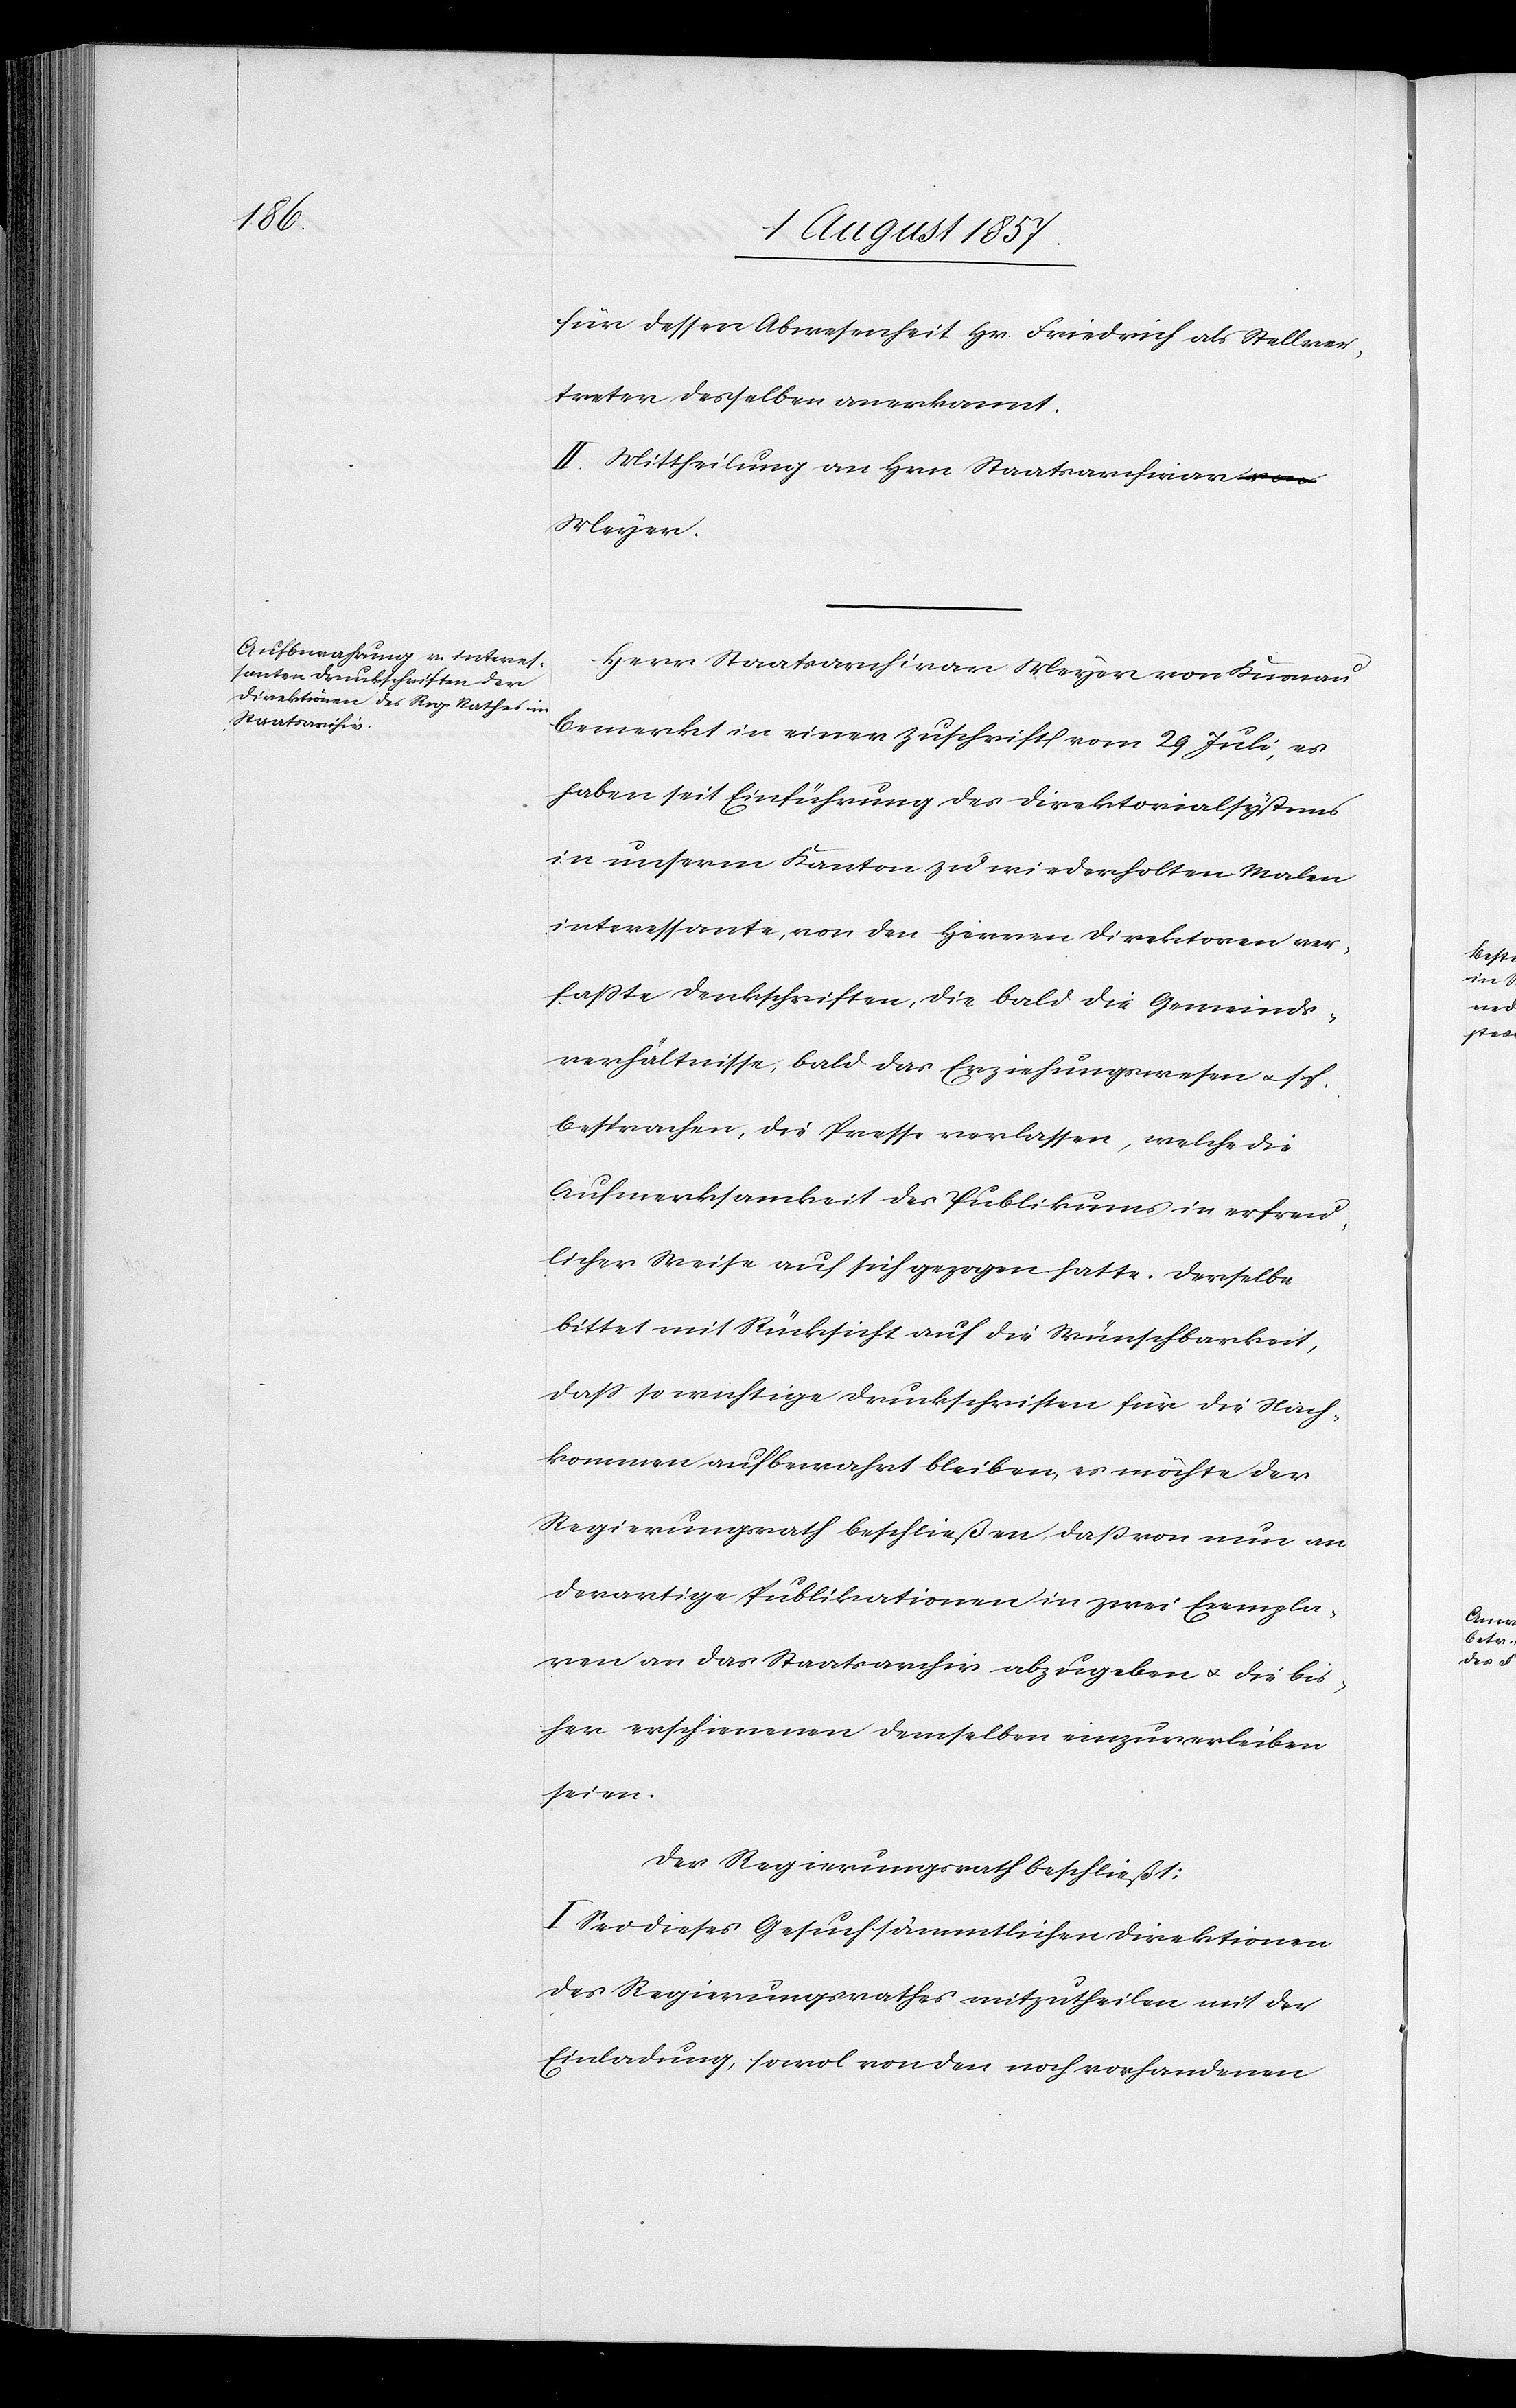
für dessen Abwesenheit Hr. Friedrich als Stellver¬
treter desselben anerkannt.
II. Mittheilung an Hrn. Staatsarchivar
Meyer.
Herr Staatsarchivar Meyer von Knonau
bemerkt in einer Zuschrift vom 29 Juli, es
haben seit Einführung des Direktorialsystems
in unserm Kanton zu wiederholten Malen
interessante, von den Herren Direktoren ver¬
faßte Druckschriften, die bald die Gemeinde¬
verhältnisse, bald das Erziehungswesen &. s. f.
besprachen, die Presse verlassen, welche die
Aufmerksamkeit des Publikums in erfreu¬
licher Weise auf sich gezogen hatte. Derselbe
bittet mit Rücksicht auf die Wünschbarkeit,
daß so wichtige Druckschriften für die Nach¬
kommen aufbewahrt bleiben, es möchte der
Regierungsrath beschließen, daß von nun an
derartige Publikationen in zwei Exempla¬
ren an das Staatsarchiv abzugeben & die bis¬
her erschienenen demselben einzuverleiben
seien.
Der Regierungsrath beschließt:
I. Sei dieses Gesuch sämmtlichen Direktionen
des Regierungsrathes mitzutheilen mit der
Einladung, sowol von den noch vorhandenen